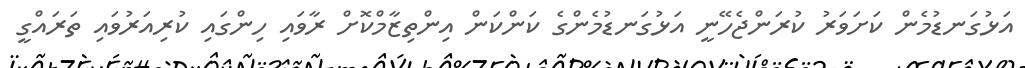
އަޅުގަނޑުމެން ކަށަވަރު ކުރަންޖެހޭނީ އަޅުގަނޑުމެންގެ ކަންކަން އިންތިޒާމްކޮށް ރާވައި ހިންގައި ކުރިއަރުވައި ތަރައްގީ